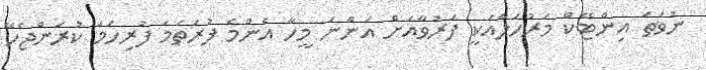
ނުވަތަ އިންޓޭކް މަރުހަލާއަކީ ފަރުވާއަށް އަންނަ މީހާ އެންމެ ފުރަތަމަ ފުރިހަމަ ކުރަންޖެހޭ